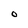
Character: O